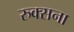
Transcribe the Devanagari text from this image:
रुक्सना